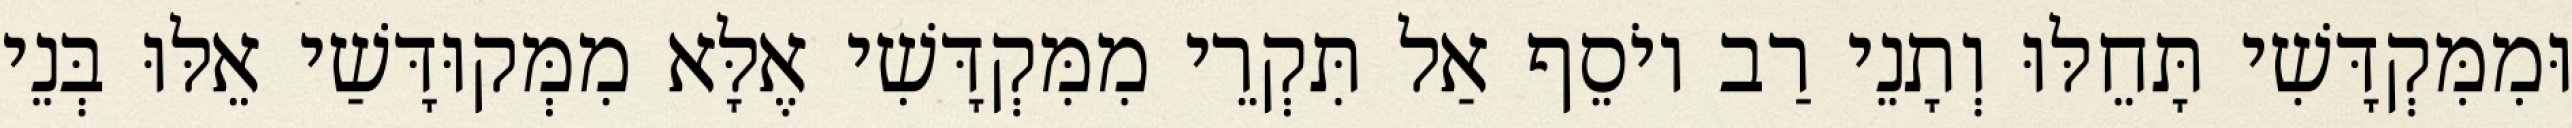
וּמִמִּקְדָּשִׁי תָּחֵלּוּ וְתָנֵי רַב יוֹסֵף אַל תִּקְרֵי מִמִּקְדָּשִׁי אֶלָּא מִמְּקוּדָּשַׁי אֵלּוּ בְּנֵי